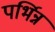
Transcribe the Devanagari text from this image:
पर्भिन्न